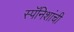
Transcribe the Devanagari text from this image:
स्पॅनिशांची